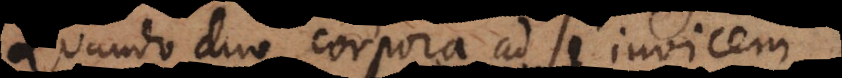
Quando duo corpora ad se invicem